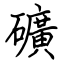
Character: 礦